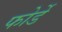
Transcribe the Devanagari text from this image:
फोर्डे